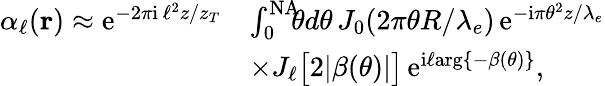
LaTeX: \begin{array}{rl}{\alpha_{\ell}({\mathbf r})\approx\mathrm{e}^{-2\pi\mathrm{i}\, \ell^{2}z/z_{T}}}&{\int_{0}^{\mathrm{NA}}\! \! \! \theta d\theta\, J_{0}(2\pi\theta R/\lambda_{e})\, \mathrm{e}^{-\mathrm{i}\pi\theta^{2}z/\lambda_{e}}}\\ &{\times J_{\ell}\big[2|\beta(\theta)|\big]\, \mathrm{e}^{\mathrm{i}\ell\mathrm{arg}\{ -\beta(\theta)\} },}\end{array}